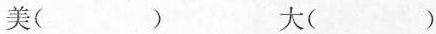
美( ) 大( )